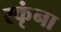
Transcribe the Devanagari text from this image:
रकृंना